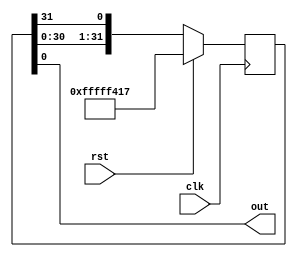
`timescale 1ns / 1ps

module xorshift_32(
    input clk,
    input rst,
    output out
    );
    /* PSEUDORANDOM INPUT DATA GENERATOR XORSHIFT */
    reg [31:0] xorshift_32_state;

    always @(posedge clk)
        if (rst)
            xorshift_32_state <= 32'b11111111111111111111010000010111;
        else
            xorshift_32_state <= {xorshift_32_state[30:0], xorshift_32_state[31]};

    assign out = xorshift_32_state[0];
endmodule